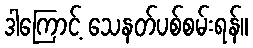
ဒါကြောင့် သေနတ်ပစ်စမ်းရန်။